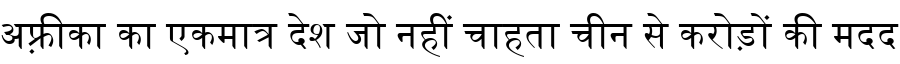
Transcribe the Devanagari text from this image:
अफ़्रीका का एकमात्र देश जो नहीं चाहता चीन से करोड़ों की मदद